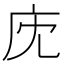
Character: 𢇧